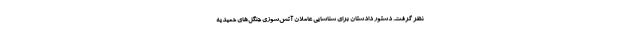
نظر گرفت. دستور دادستان برای شناسایی عاملان آتش‌سوزی جنگل‌های حمیدیه